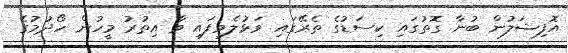
އޮފިޝަލުން ބުނާ ގޮތުގައި ކިސަޑުގެ ތެރޭގައި ވަޅުލެވިފައި ވާ އިތުރު މީހުން ހޯދުމުގެ